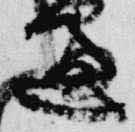
過